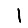
Digit: 1